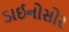
ડાઈનોસોર